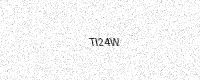
Text: TI24W